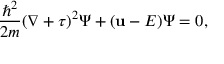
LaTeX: { \frac { \hbar ^ { 2 } } { 2 m } } ( \nabla + \tau ) ^ { 2 } \Psi + ( \mathbf { u } - E ) \Psi = 0 ,